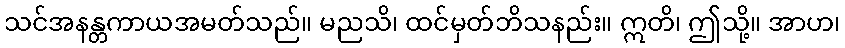
သင်အနန္တကာယအမတ်သည်။ မညသိ၊ ထင်မှတ်ဘိသနည်း။ ဣတိ၊ ဤသို့။ အာဟ၊